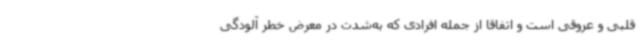
قلبی و عروقی است و اتفاقاً از جمله افرادی که به‌شدت در معرض خطر آلودگی